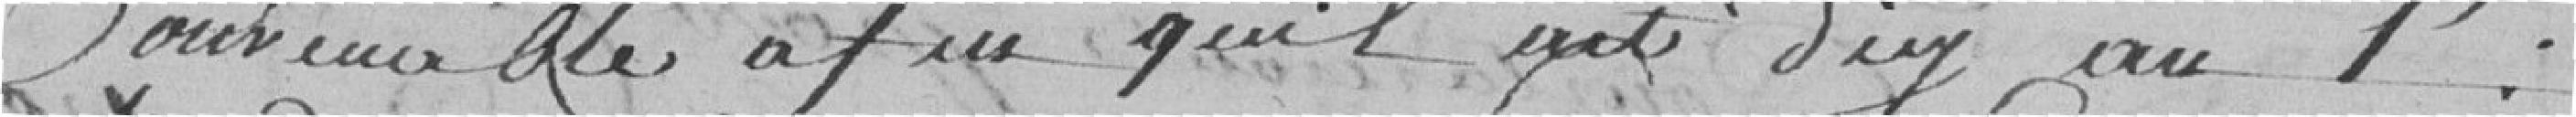
convenable afin qu'il ait d'ici au 1er